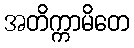
အတိက္ကာမိတေ